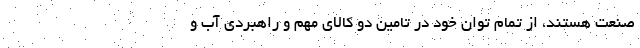
صنعت هستند، از تمام توان خود در تامین دو کالای مهم و راهبردی آب و